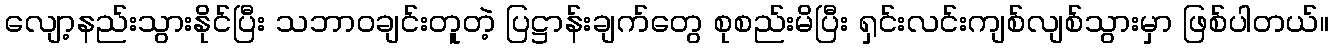
လျော့နည်းသွားနိုင်ပြီး သဘာဝချင်းတူတဲ့ ပြဋ္ဌာန်းချက်တွေ စုစည်းမိပြီး ရှင်းလင်းကျစ်လျစ်သွားမှာ ဖြစ်ပါတယ်။